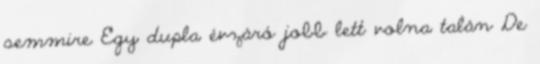
semmire Egy dupla évzáró jobb lett volna talán De